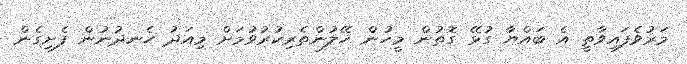
މަރުވެފައިވާތީ އެ ބައްޔާ ގުޅޭ ގޮތުން މީހުން ހޭލުންތެރިކުރުވުމަށް މިއަދު ހެނދުނުން ފެށިގެން